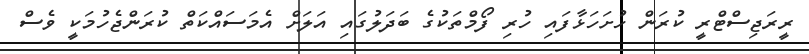
ރީރަޖިސްޓްރީ ކުރަން ހުށަހަޅާފައި ހުރި ފޯމްތަކުގެ ބަދަލުގައި އަަލަށް އެމަސައްކަތް ކުރަންޖެހުމަކީ ވެސް